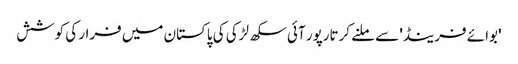
'بوائے فرینڈ' سے ملنے کرتارپور آئی سکھ لڑکی کی پاکستان میں فرار کی کوشش